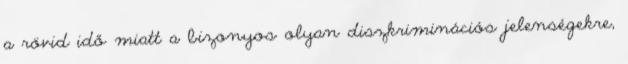
a rövid idő miatt a bizonyos olyan diszkriminációs jelenségekre,